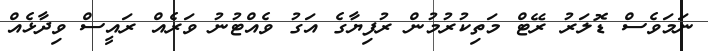
ނަމަވެސް ޑޮލަރު ރޭޓް މަތިކުރުމުން ރުފިޔާގެ އަގު ވެއްޓުނު ވަރެއް ރައީސް ވިދާޅެއް